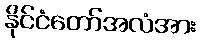
နိုင်ငံတော်အလံအား